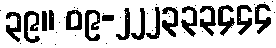
၃၉။ ၀၉-၂၂၂၃၃၃၄၄၄